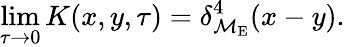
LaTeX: \operatorname*{lim}_{\tau\to 0}K(x,y,\tau)=\delta_{{\cal M}_{\mathrm{E}}}^{4}(x-y).